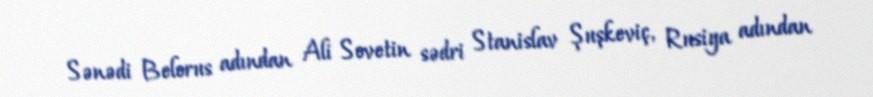
Sənədi Belorus adından Ali Sovetin sədri Stanislav Şuşkeviç, Rusiya adından